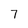
Character: 7